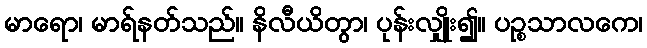
မာရော၊ မာရ်နတ်သည်။ နိလီယိတွာ၊ ပုန်းလျှိုး၍။ ပဉ္စသာလကေ၊